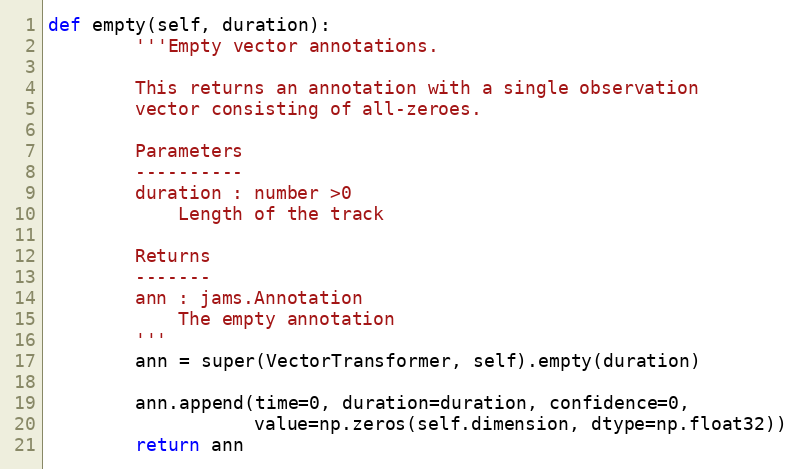
Language: Python
def empty(self, duration):
        '''Empty vector annotations.

        This returns an annotation with a single observation
        vector consisting of all-zeroes.

        Parameters
        ----------
        duration : number >0
            Length of the track

        Returns
        -------
        ann : jams.Annotation
            The empty annotation
        '''
        ann = super(VectorTransformer, self).empty(duration)

        ann.append(time=0, duration=duration, confidence=0,
                   value=np.zeros(self.dimension, dtype=np.float32))
        return ann